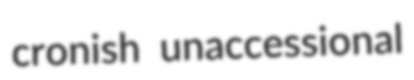
cronish unaccessional